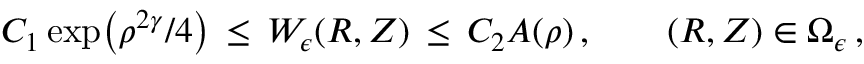
C _ { 1 } \exp \bigl ( \rho ^ { 2 \gamma } / 4 \bigr ) \, \le \, W _ { \epsilon } ( R , Z ) \, \le \, C _ { 2 } A ( \rho ) \, , \qquad ( R , Z ) \in \Omega _ { \epsilon } \, ,